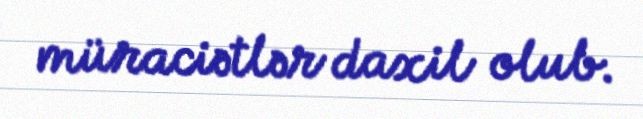
müraciətlər daxil olub.